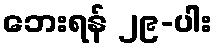
ဘေးရန် ၂၉-ပါး